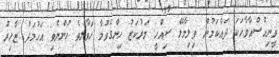
ވީނިއުސްއާވާހަކަ ދައްކަމުން ވިލިމާލޭ ސިއްހީ މަރުކަޒު ހިންގެވުމާ ހަވާލުވެ ހުންނެވި އަހުމަދު ޒާހިރު